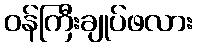
ဝန်ကြီးချုပ်ဖလား